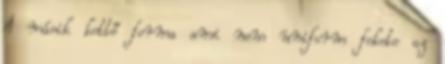
A másik kettő forma ami nem uniform fekete az